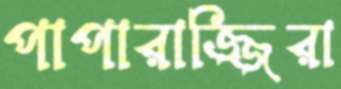
পাপারাজ্জিরা